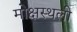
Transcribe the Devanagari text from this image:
मोक्षस्थली